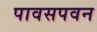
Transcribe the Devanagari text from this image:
पावसपवन